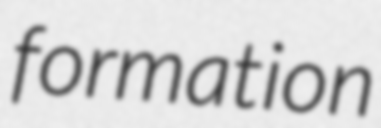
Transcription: formation